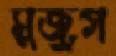
সুজুগ